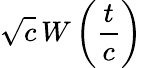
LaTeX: {\sqrt{c}}\, W\left({\frac{t}{c}}\right)